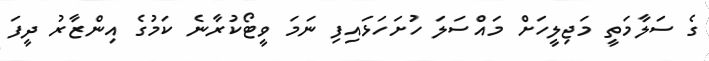
ގެ ސަލާމަތީ މަޖިލީހަށް މައްސަލަ ހުށަހަޅައިފި ނަމަ ވީޓޯކުރާނެ ކަމުގެ އިންޒާރު ދީފަ